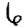
Digit: 6